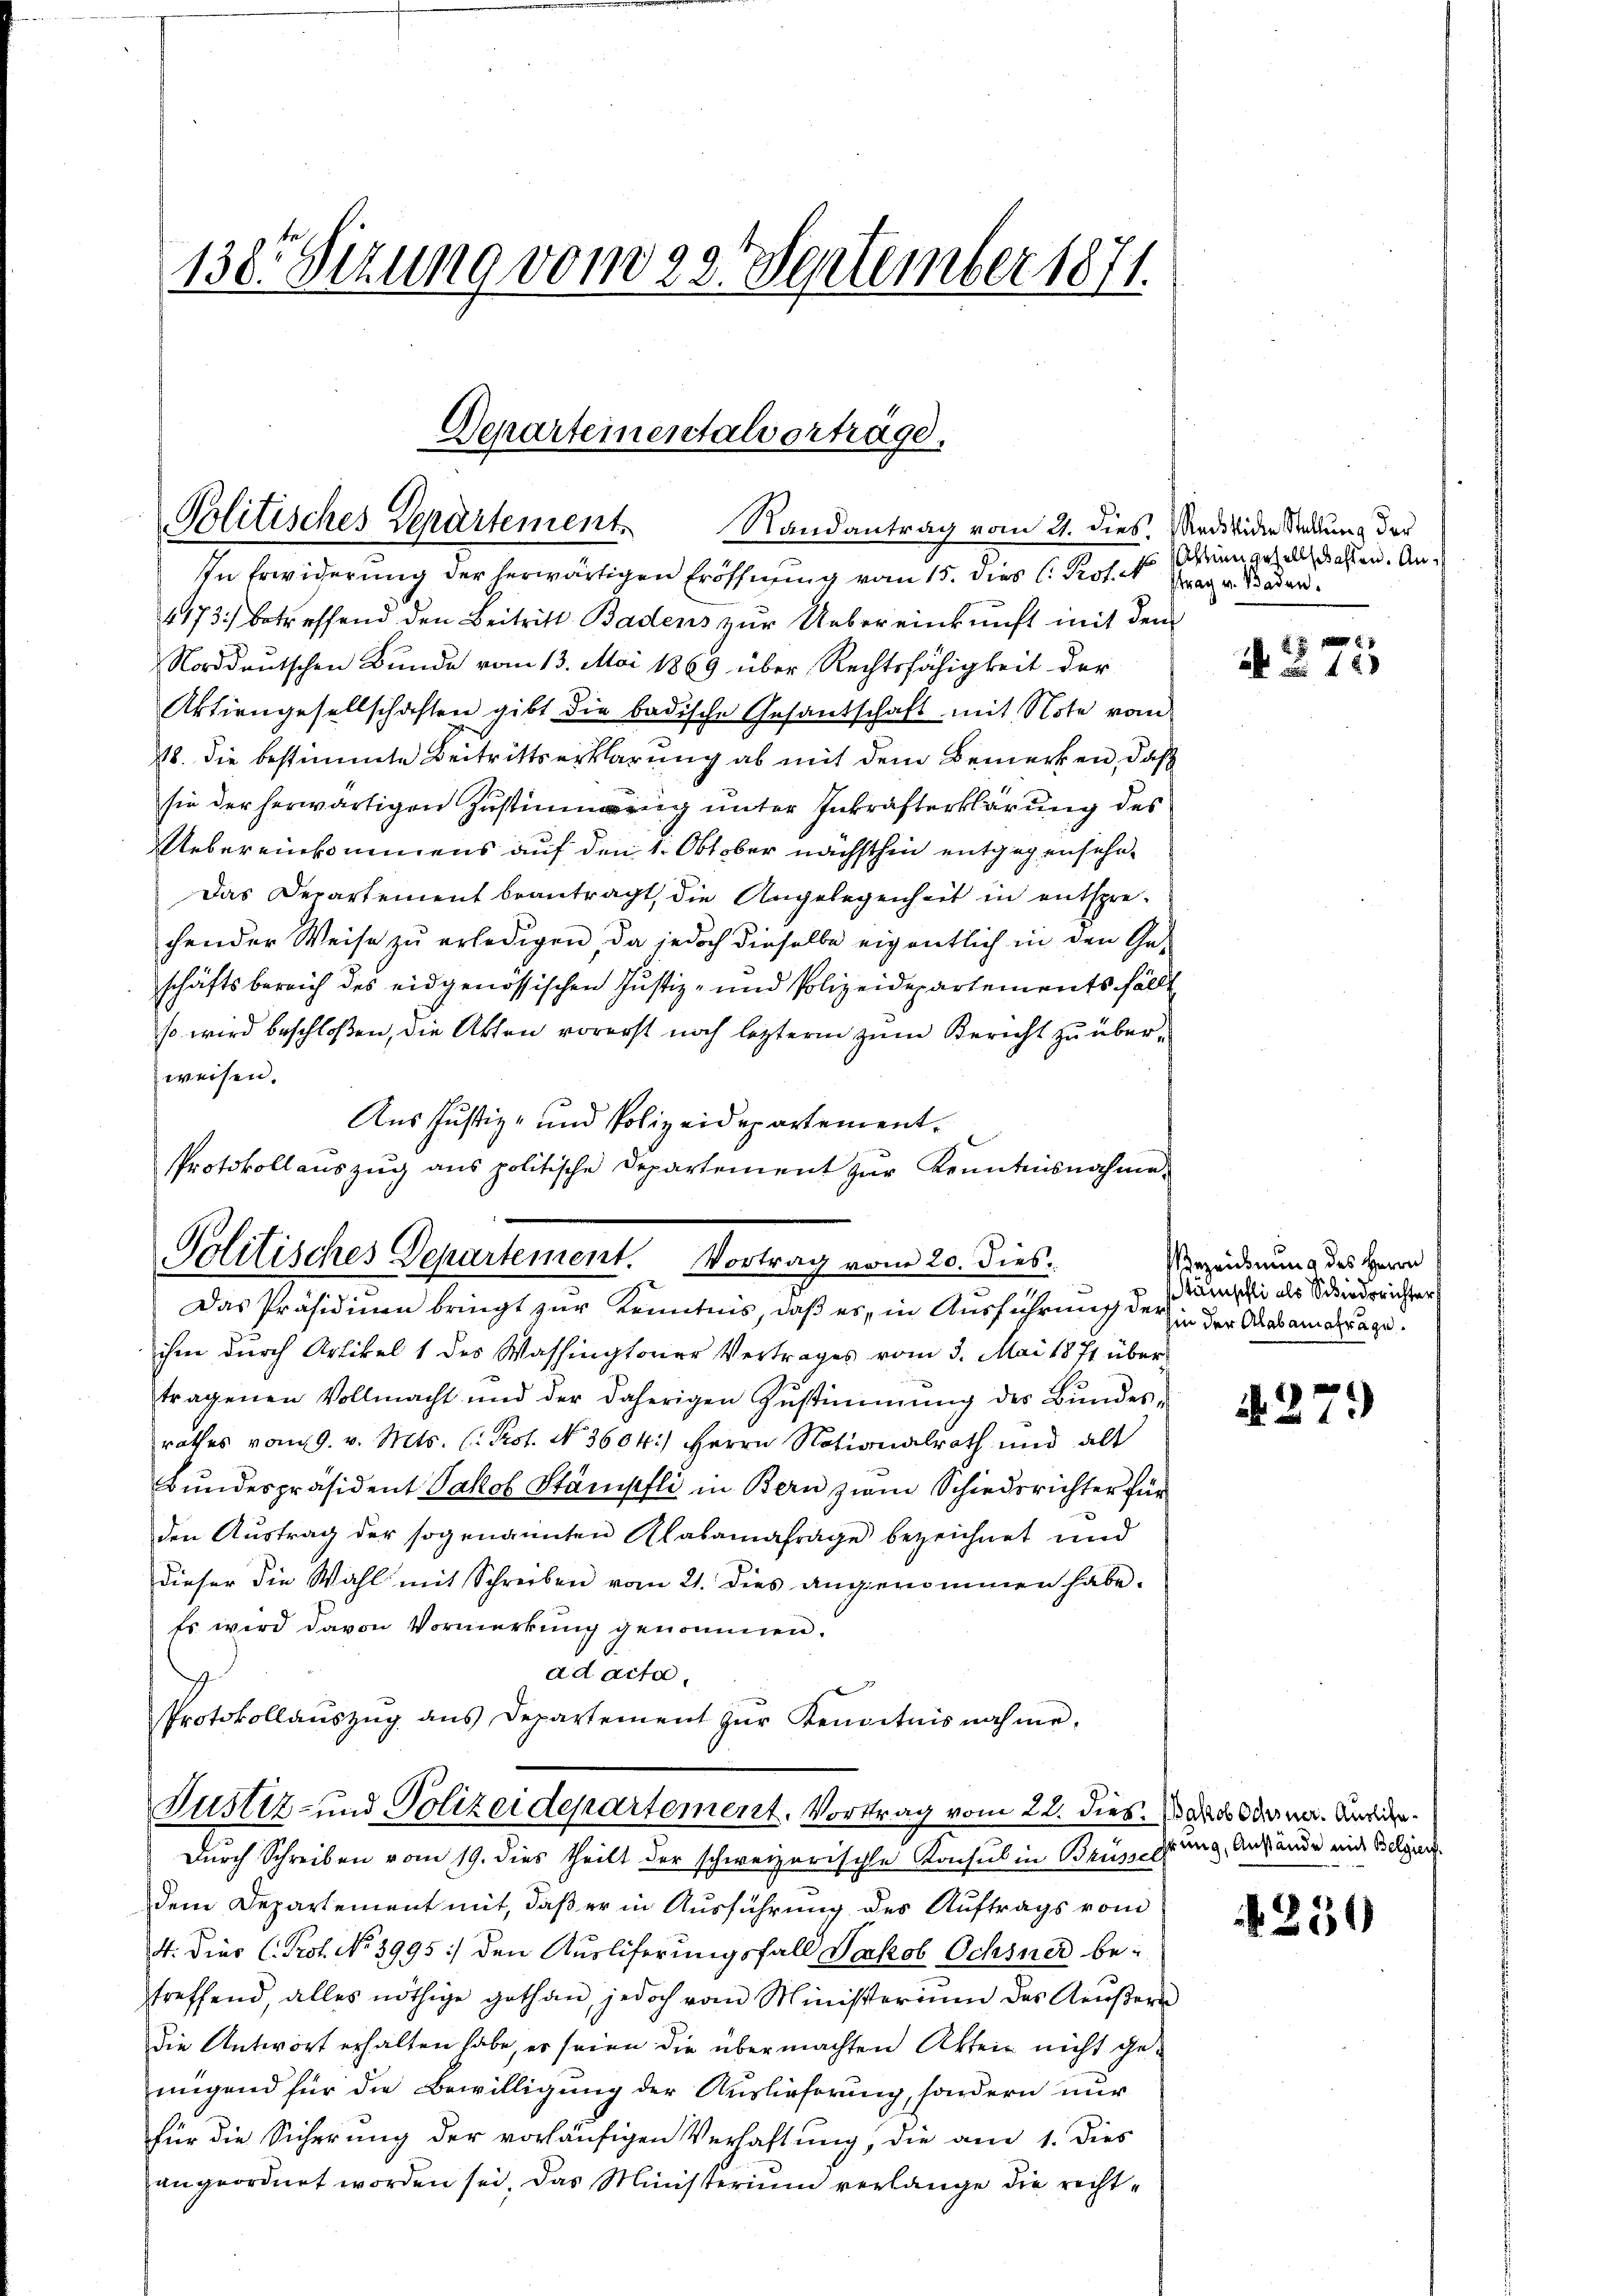
130. Sizung vom 23. September 1871.

Departeinentalvorträge.
Politisches Departement. Randantrag vom 21. dies. Medividie Sedung der

Protokollauszug aus politische Departement zur Kenntnisnahme
Politisches Departement. Vortrag vom 20. dies.
Das Präsidinen bringt zur Kenntnis, daß es, in Ausführung der in der das am träge.

In Erwiderung der herwärtigen Eröffnung vom 15. dies C. Protel Fragen Baden¬
1173) betreffend den Beitritt Badens zur Uebereinkunft mit dem
Norddeutschen Bunde vom 13. Mai 1869 über Rechtsfähigkeit der
Aktiengesellschaften gibt die badische Gesandschaft mit Note vom
18. die bestimmte Beitrittserklärung ab mit dem Bemerken, daß
sie der herwärtigen Zustimmung unter Inkrafterklärung des
Uebereinkommens auf den 1. Oktober nächsthin entgegensehn¬
Das Departement beantragt, die Angelegenheit in entsprechender Weise zu erledigen, da jedoch dieselbe eigentlich in den Geschäftsbereich des eidgenössischen Justiz- und Polizeidepartements fällt
so wird beschloßen, die Akten vorerst noch lezterm zum Bericht zu überweisen.
Aus Justiz- und Polizeidepartementihm durch Artikel 1 des Washingtoner Vertrages vom 3. Mai 1871 über
tragenen Vollmacht und der daherigen Zustimmung des Bundesrathes vom 9. v. Mts. (: Rot. No 3604.) Herrn Nationalrath und alt
Bundespräsident Jakob Stämpfli in Bern zum Schiedsrichter für
den Austrag der sogenannten Klabamafrage bezeichnet und
dieser die Wahl mit Schreiben vom 21. dies angenommen habe.
Es wird davon Vormerkung genommen.
ad acta.
Protokollaŭszŭg ans Departement zŭr Kenntnisnahme.
Justiz- und Polizeidepartement. Vortrag vom 22. dies das dann. Ande¬
Durch Schreiben vom 19. dies theilt der schweizerische Konsul in Brunöhrung, Anstände mit Belgi
dem Departement mit, daß er in Ausführung des Auftrags vom
4. Dier (Prof. No 3995) den Ausliferungsfall Jakob Ochsner betreffend, alles nöthige gethan, jedoch vom Ministerium des Aeußern
die Antwort erhalten habe, es seien die übermachten Akten nicht genügend für die Bewilligung der Auslieferung, sondern nur
für die Sicherung der vorläufigen Verhaftung, die am 1. Dies
angeordnet worden sei, das Ministerium verlange die recht¬

Attin gesellschaffen. An¬

S. 58
a a 120

Bezeichnung des Herrn
täuschli als Schiedsrichter

1)
b. 21

1239